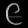
Digit: ၉